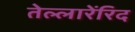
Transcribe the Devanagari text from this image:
तेल्लारेंरिद